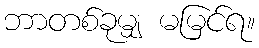
ဘာတစ်ခုမျှ မမြင်ရ။